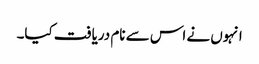
انہوں نے اس سے نام دریافت کیا۔